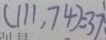
( 1 1 1 , 7 4 ) = 3 7